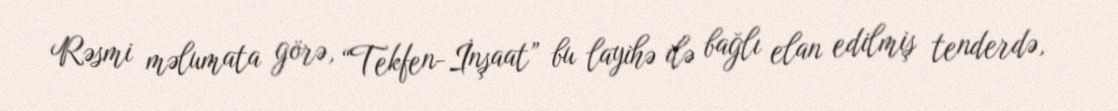
Rəsmi məlumata görə, “Tekfen-İnşaat” bu layihə ilə bağlı elan edilmiş tenderdə,